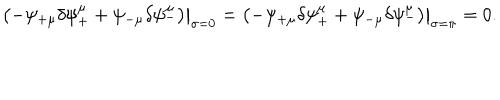
LaTeX: \left. \left( - \psi _ { + \mu } \delta \psi _ { + } ^ { \mu } + \psi _ { - \mu } \delta \psi _ { - } ^ { \mu } \right) \right| _ { \sigma = 0 } = \left. \left( - \psi _ { + \mu } \delta \psi _ { + } ^ { \mu } + \psi _ { - \mu } \delta \psi _ { - } ^ { \mu } \right) \right| _ { \sigma = \pi } = 0 .